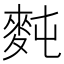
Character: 𪌋